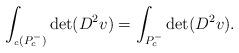
LaTeX: \begin{align*}\int_{_c (P_c^-)} \det (D^2 v) = \int_{P_c^-} \det (D^2 v).\end{align*}